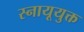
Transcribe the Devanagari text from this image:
स्नायूयुक्त